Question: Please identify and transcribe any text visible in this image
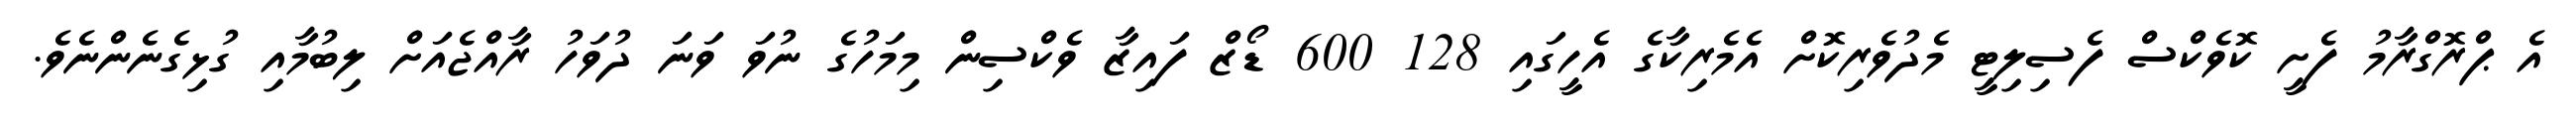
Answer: އެ ޕްރޮގްރާމު ފެށީ ކޮވެކްސް ފެސިލިޓީ މެދުވެރިކޮށް އެމެރިކާގެ އެހީގައި 128 600 ޑޯޒް ފައިޒާ ވެކްސިން މިމަހުގެ ނުވަ ވަނަ ދުވަހު ރާއްޖެއަށް ލިބުމާއި ގުޅިގެނެންނެވެ.